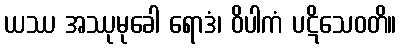
ယဿ အဿုမုခေါ ရောဒံ၊ ဝိပါကံ ပဋိသေဝတိ။